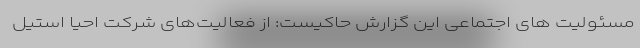
مسئولیت های اجتماعی این گزارش حاکیست: از فعالیت‌های شرکت احیا استیل